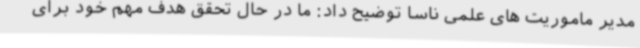
مدیر ماموریت های علمی ناسا توضیح داد: ما در حال تحقق هدف مهم خود برای